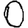
Digit: 0